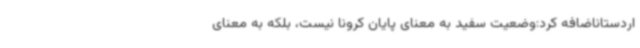
اردستاناضافه کرد:وضعیت سفید به معنای پایان کرونا نیست، بلکه به معنای